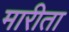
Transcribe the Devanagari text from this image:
मारीता